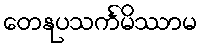
တေနုပသင်္ကမိဿာမ